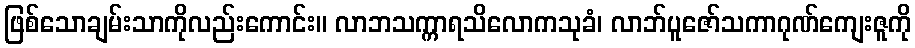
ဖြစ်သောချမ်းသာကိုလည်းကောင်း။ လာဘသက္ကာရသိလောကသုခံ၊ လာဘ်ပူဇော်သကာဂုဏ်ကျေးဇူကို